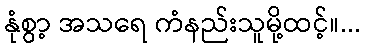
နုံစွာ့ အသရေ ကံနည်းသူမို့ထင့်။...